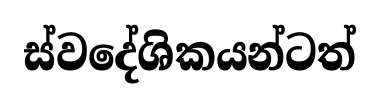
ස්වදේශිකයන්ටත්